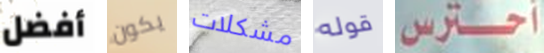
أفضل يكون مشكلات قوله أحترس